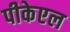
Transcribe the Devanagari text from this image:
पीकेएल